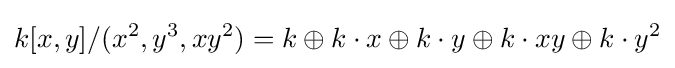
k[x,y]/(x^{2},y^{3},xy^{2})=k\oplus k\cdot x\oplus k\cdot y\oplus k\cdot xy\oplus k\cdot y^{2}